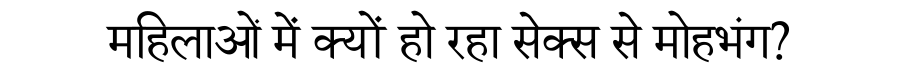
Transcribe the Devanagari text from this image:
महिलाओं में क्यों हो रहा सेक्स से मोहभंग?